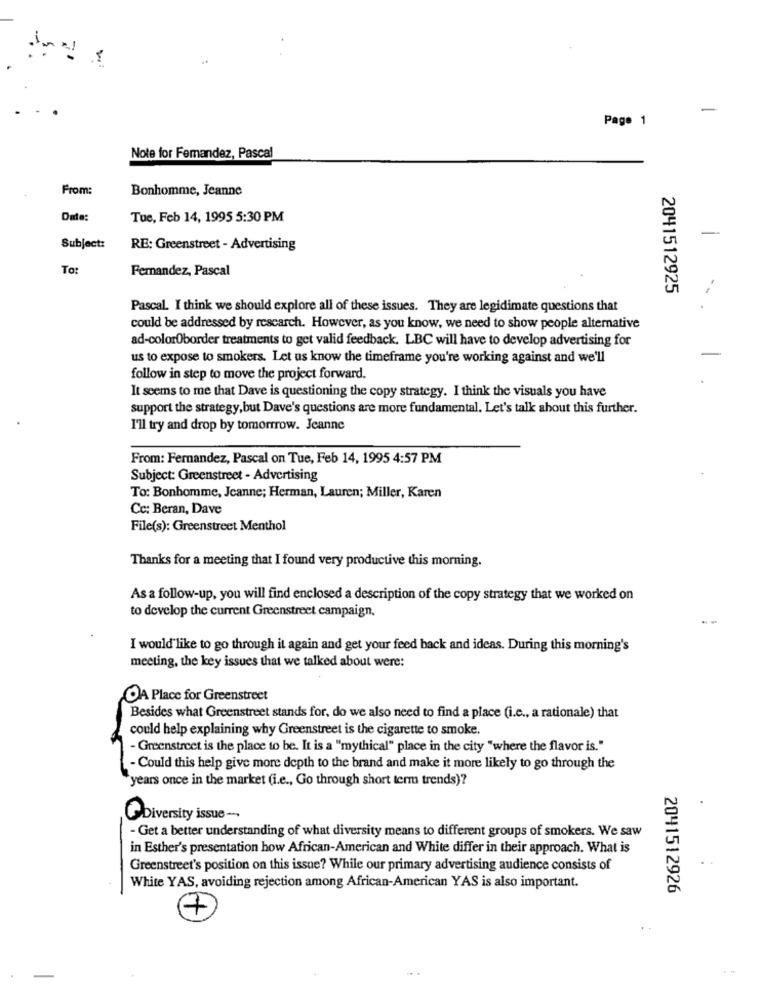
-
Page 1
Note for Femandez, Pascal
From:
Bonhomme, Jeanne
Date:
Tue, Feb 14, 1995 5:30 PM
Subject:
RE: Greenstreet - Advertising
To:
Femandez, Pascal
2041512925
Pascal. I think we should explore all of these issues. They are legidimate questions that
could be addressed by rescarch. However, as you know, we need to show people alternative
ad-colorOborder treatments to get valid feedback. LBC will have to develop advertising for
us to expose to smokers. Let us know the timeframe you're working against and we'll
follow in step to move the project forward.
It seems to me that Dave is questioning the copy strategy. I think the visuals you have
support the strategy, but Dave's questions are more fundamental. Let's talk about this further.
I'll try and drop by tomorrow. Jeanne
From: Fernandez, Pascal on Tue, Feb 14, 1995 4:57 PM
Subject: Greenstreet - Advertising
To: Bonhomme, Jeanne; Herman, Lauren; Miller, Karen
Cc: Beran, Dave
File(s): Greenstreet Menthol
Thanks for a meeting that I found very productive this morning.
As a follow-up, you will find enclosed a description of the copy strategy that we worked on
to develop the current Greenstreet campaign.
I would like to go through it again and get your feed back and ideas. During this morning's
meeting, the key issues that we talked about were:
OA Place for Greenstreet
Besides what Greenstreet stands for, do we also need to find a place (i.e ., a rationale) that
could help explaining why Greenstreet is the cigarette to smoke.
- Greenstreet is the place to be. It is a "mythical" place in the city "where the flavor is."
- Could this help give more depth to the brand and make it more likely to go through the
years once in the market (i.e ., Go through short term trends)?
Diversity issue ---
- Get a better understanding of what diversity means to different groups of smokers. We saw
in Esther's presentation how African-American and White differ in their approach. What is
Greenstreet's position on this issue? While our primary advertising audience consists of
White YAS, avoiding rejection among African-American YAS is also important.
2041512926
7